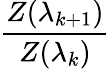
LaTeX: \frac{Z(\lambda_{k+1})}{Z(\lambda_{k})}